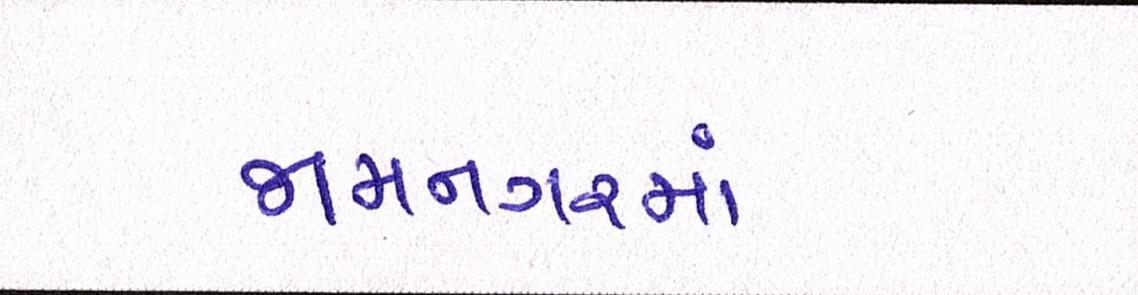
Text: જામનગરમાં